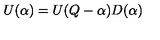
U ( \alpha ) = U ( Q - \alpha ) D ( \alpha )